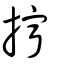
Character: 擰